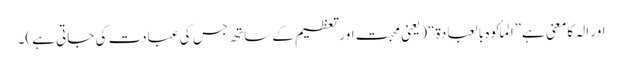
اور الہ کامعنی ہے”المألوہ بالعبادۃ“ (یعنی محبت اورتعظیم کےساتھ جس کی عبادت کی جاتی ہے)۔